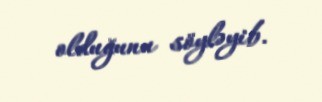
olduğunu söyləyib.